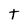
Character: t